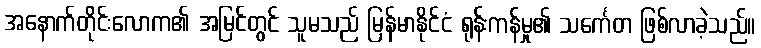
အနောက်တိုင်းလောက၏ အမြင်တွင် သူမသည် မြန်မာနိုင်ငံ ရုန်းကန်မှု၏ သင်္ကေတ ဖြစ်လာခဲ့သည်။